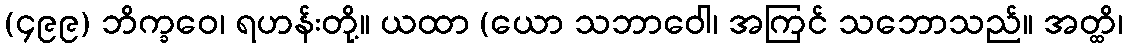
(၄၉၉) ဘိက္ခဝေ၊ ရဟန်းတို့။ ယထာ (ယော သဘာဝေါ၊ အကြင် သဘောသည်။ အတ္ထိ၊